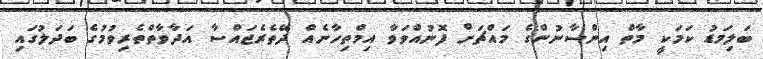
ބަލިމަޑު ކަމަކީ މާތް އިންސާނުންގެ މައްޗަށް ފޮނުއްވަވާ އިމްތިހާނެއް ދޭތެރެޖައްސާ އަދާވާތްތެރިވުމުގެ ބަދަލުގައި